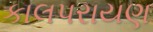
કાલપરાયણ